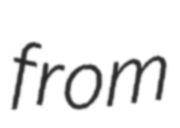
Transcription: from